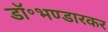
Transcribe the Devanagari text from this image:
डॉ॰भण्डारकर